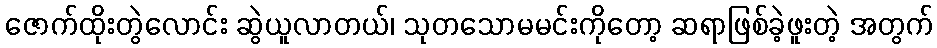
ဇောက်ထိုးတွဲလောင်း ဆွဲယူလာတယ်၊ သုတသောမမင်းကိုတော့ ဆရာဖြစ်ခဲ့ဖူးတဲ့ အတွက်